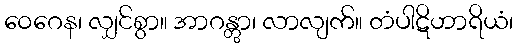
ဝေဂေန၊ လျှင်စွာ။ အာဂန္တွာ၊ လာလျက်။ တံပါဋိဟာရိယံ၊